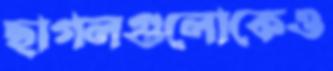
ছাগলগুলোকেও